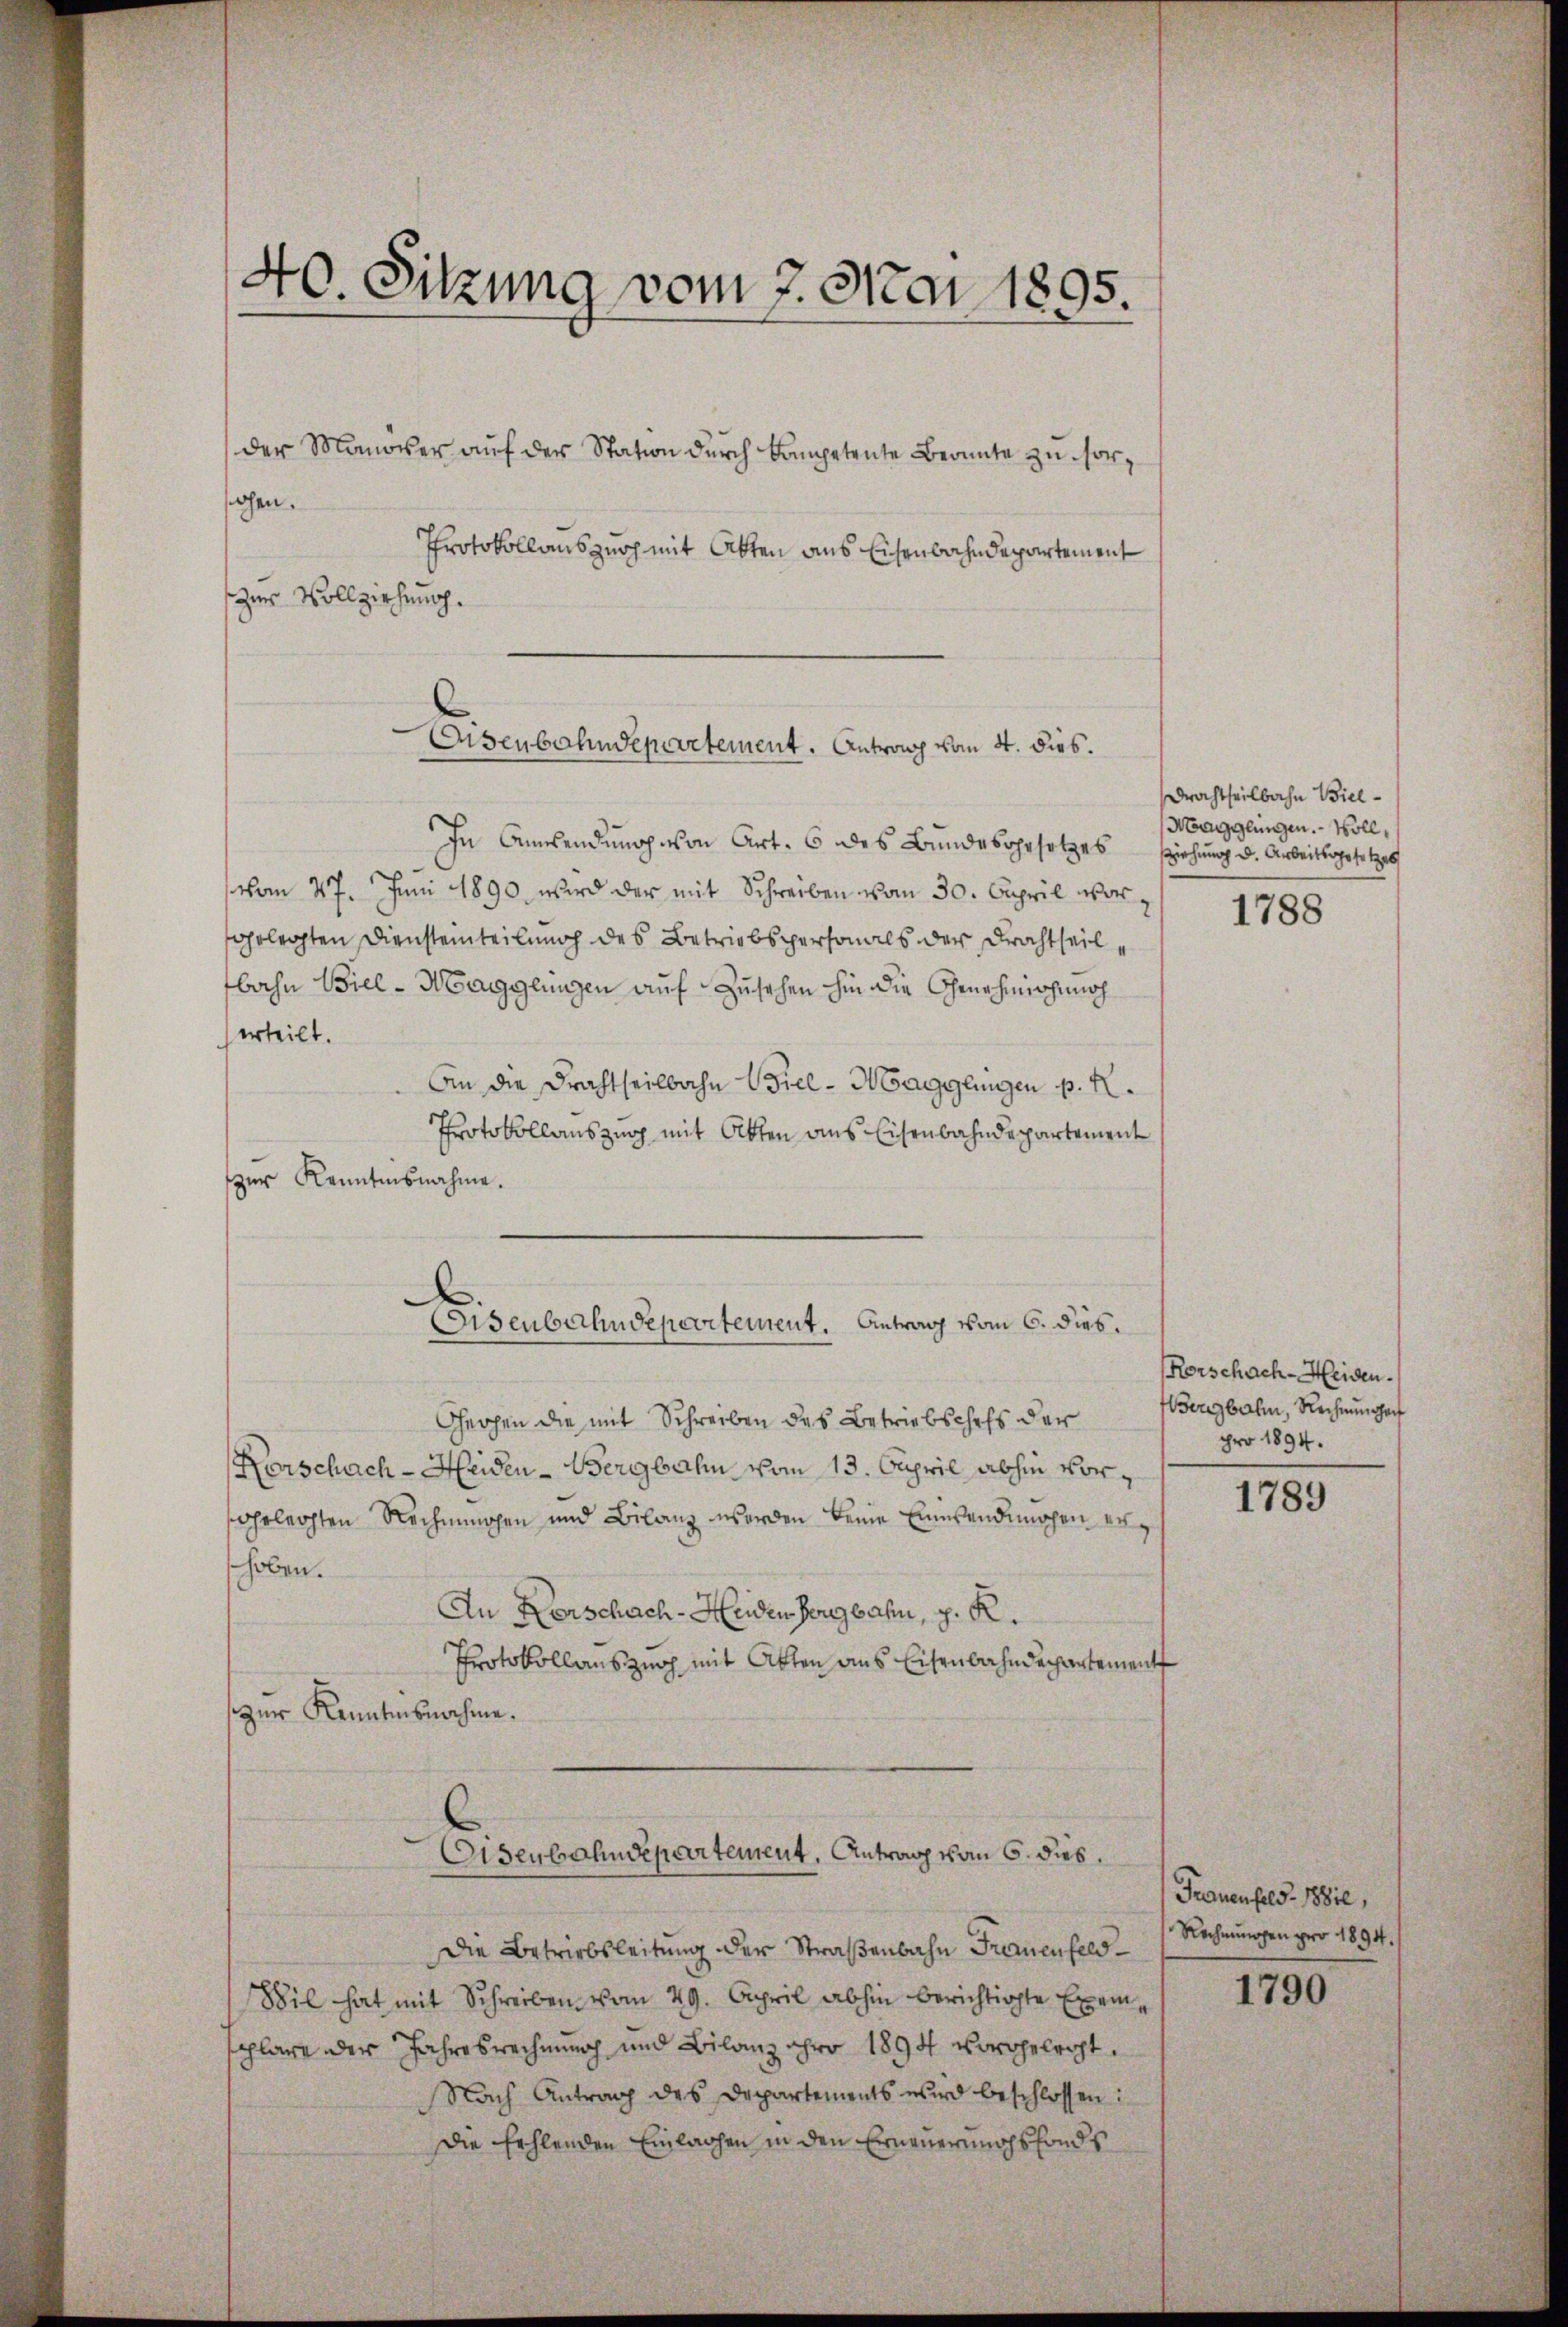
40. Sitzung vom 7. Mai 1895
2

der Manöver auf der Station durch kompetente Beante zu sorahen.
Protokollauszug mit Atten aus Eisenbahndepartement
zur Vollziehung.

Eisenbahndepartement. Antrag vom 4. dies.

In Ansendung von Art. 6 des Bundesgesetzes
vom 27. Juni 1890 wird der mit Schreiben vom 30. April vorfgelegten Diensteinteilung des Betriebspersonals der Frachtheilbahn Biel - Magglungen auf Zusehen hin die Genehmnohnnoch
erteilt.
An die Drachtheilbahn Wiel-Magglingen p. R.
Protokollauszug mit Otten aus Eisenbahndepartement
zur Kenntnisnahme.
Ghergen die mit Schreiben des Betriebschefs der
Kerschach-Heiden-Bergbahn vom 13. April abhin vorsgelegten Rechnungen und Bilanz werden keine Einsendunohen erschoben.
An Verschach-Heiden Bergbahn, p. K.
Protokollauszung mit Akten aus Eisenbahndepartement
zur Kenntnisnahme.
Eisenbahndepartement. Antrag vom 6. dies
Die Betriebsleitung der Straßenbahn Frauenfeld¬
Wil hat mit Schreiben vom 29. April abhin berichtigte Exemschlage der Jahresrechnung und Bilanz ihre 1894 vorgeleiht.
Nach Antrag des Departements wird beschlossen:
Die fehlenden Einlachen in den Erneuerungsfonds

Eisenbahndepartement. Antrag vom 6. dies

Drachtheilbahn Biel¬
Magglingen. Woll,
sziehung d. Arbeitsgesetzes

1788

Rorschach-Heiden.
Bergbahn, Rechnungen
pro 1894.

1789

Frauenfeld - 18810,
Rechnungen pro 1894.

1790